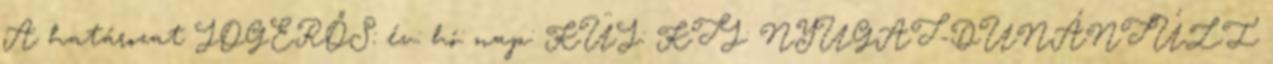
A határozat JOGERŐS: év: hó: nap: KÜJ: KTJ: NYUGAT-DUNÁNTÚLI